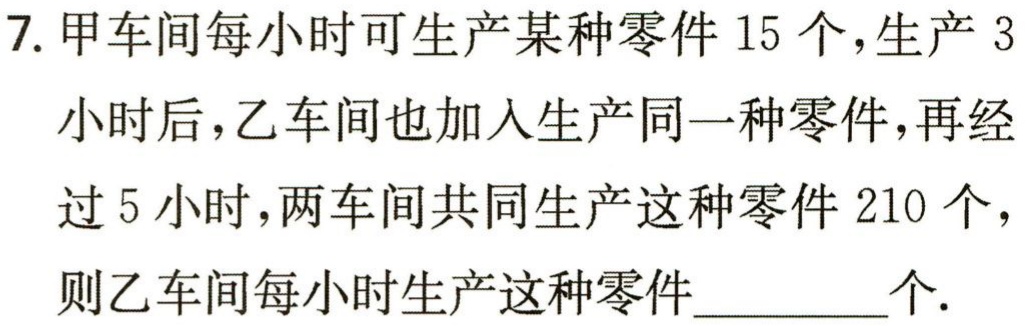
7. 甲车间每小时可生产某种零件 15 个，生产 3

小时后，乙车间也加入生产同一种零件，再经

过 5 小时，两车间共同生产这种零件 210 个，

则乙车间每小时生产这种零件________个.